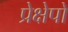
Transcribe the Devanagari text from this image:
प्रेक्षेपों